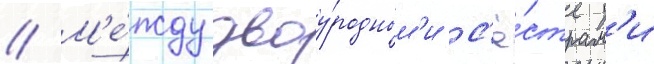
// М'е́жду двоу́родным'и с'ё́страм'и